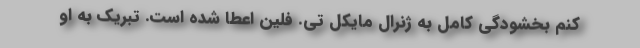
کنم بخشودگی کامل به ژنرال مایکل تی. فلین اعطا شده است. تبریک به او